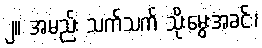
၂။ အမည်း သက်သက် သိုးမွေးအခင်း၊